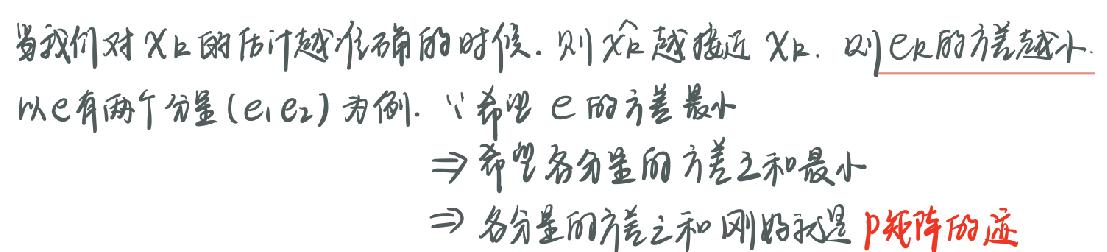
当我们对$X_{k}$的估计越准确的时候，则$\hat{x}_{k}$越接近$X_{k}$，则$e_{k}$的方差越小.
以$e$有两个分量$(e_{1},e_{2})$为例，$\therefore$希望$e$的方差最小
$\Rightarrow$希望各分量的方差之和最小
$\Rightarrow$各分量的方差之和刚好就是$P$矩阵的迹